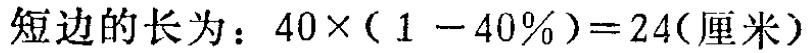
短边的长为：\(40\times(1 - 40\%)=24(\text{厘米})\)